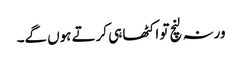
ورنہ لنچ تو اکٹھا ہی کرتے ہوں گے۔